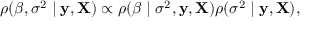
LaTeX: \rho ( { \boldsymbol { \beta } } , \sigma ^ { 2 } \mid \mathbf { y } , \mathbf { X } ) \propto \rho ( { \boldsymbol { \beta } } \mid \sigma ^ { 2 } , \mathbf { y } , \mathbf { X } ) \rho ( \sigma ^ { 2 } \mid \mathbf { y } , \mathbf { X } ) ,